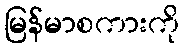
မြန်မာစကားကို